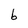
Character: b